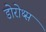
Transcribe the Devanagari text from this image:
डोरोथ्स